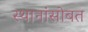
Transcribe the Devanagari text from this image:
स्थानांसोबत